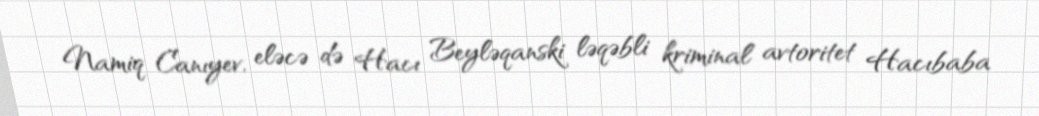
Namiq Canıyev, eləcə də Hacı Beyləqanski ləqəbli kriminal avtoritet Hacıbaba